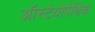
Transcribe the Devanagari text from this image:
ऑस्टेयोपैथिक